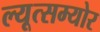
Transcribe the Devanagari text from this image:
ल्यूत्सम्योर